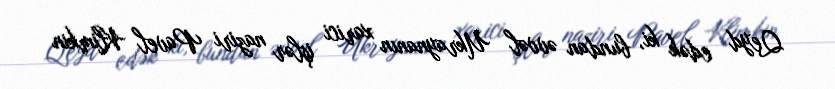
Qeyd edək ki, bundan əvvəl Ukraynanın xarici işlər naziri Pavel Klimkin